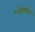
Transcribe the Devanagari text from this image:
९ऑक्टोबर